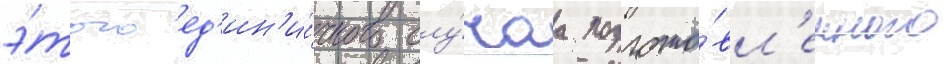
э́того ед'ин'и́чного слу́чаа подгото́вл'енного